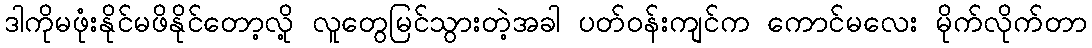
ဒါကိုမဖုံးနိုင်မဖိနိုင်တော့လို့ လူတွေမြင်သွားတဲ့အခါ ပတ်ဝန်းကျင်က ကောင်မလေး မိုက်လိုက်တာ